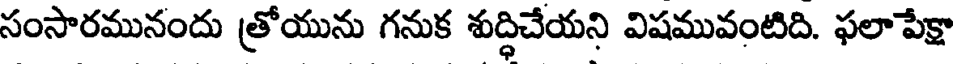
సంసారమునందు త్రోయును గనుక శుద్ధిచేయని విషమువంటిది. ఫలా పేక్షా